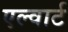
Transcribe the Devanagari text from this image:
एल्वार्ट